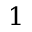
1